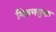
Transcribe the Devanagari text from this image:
मिश्रणयुक्त